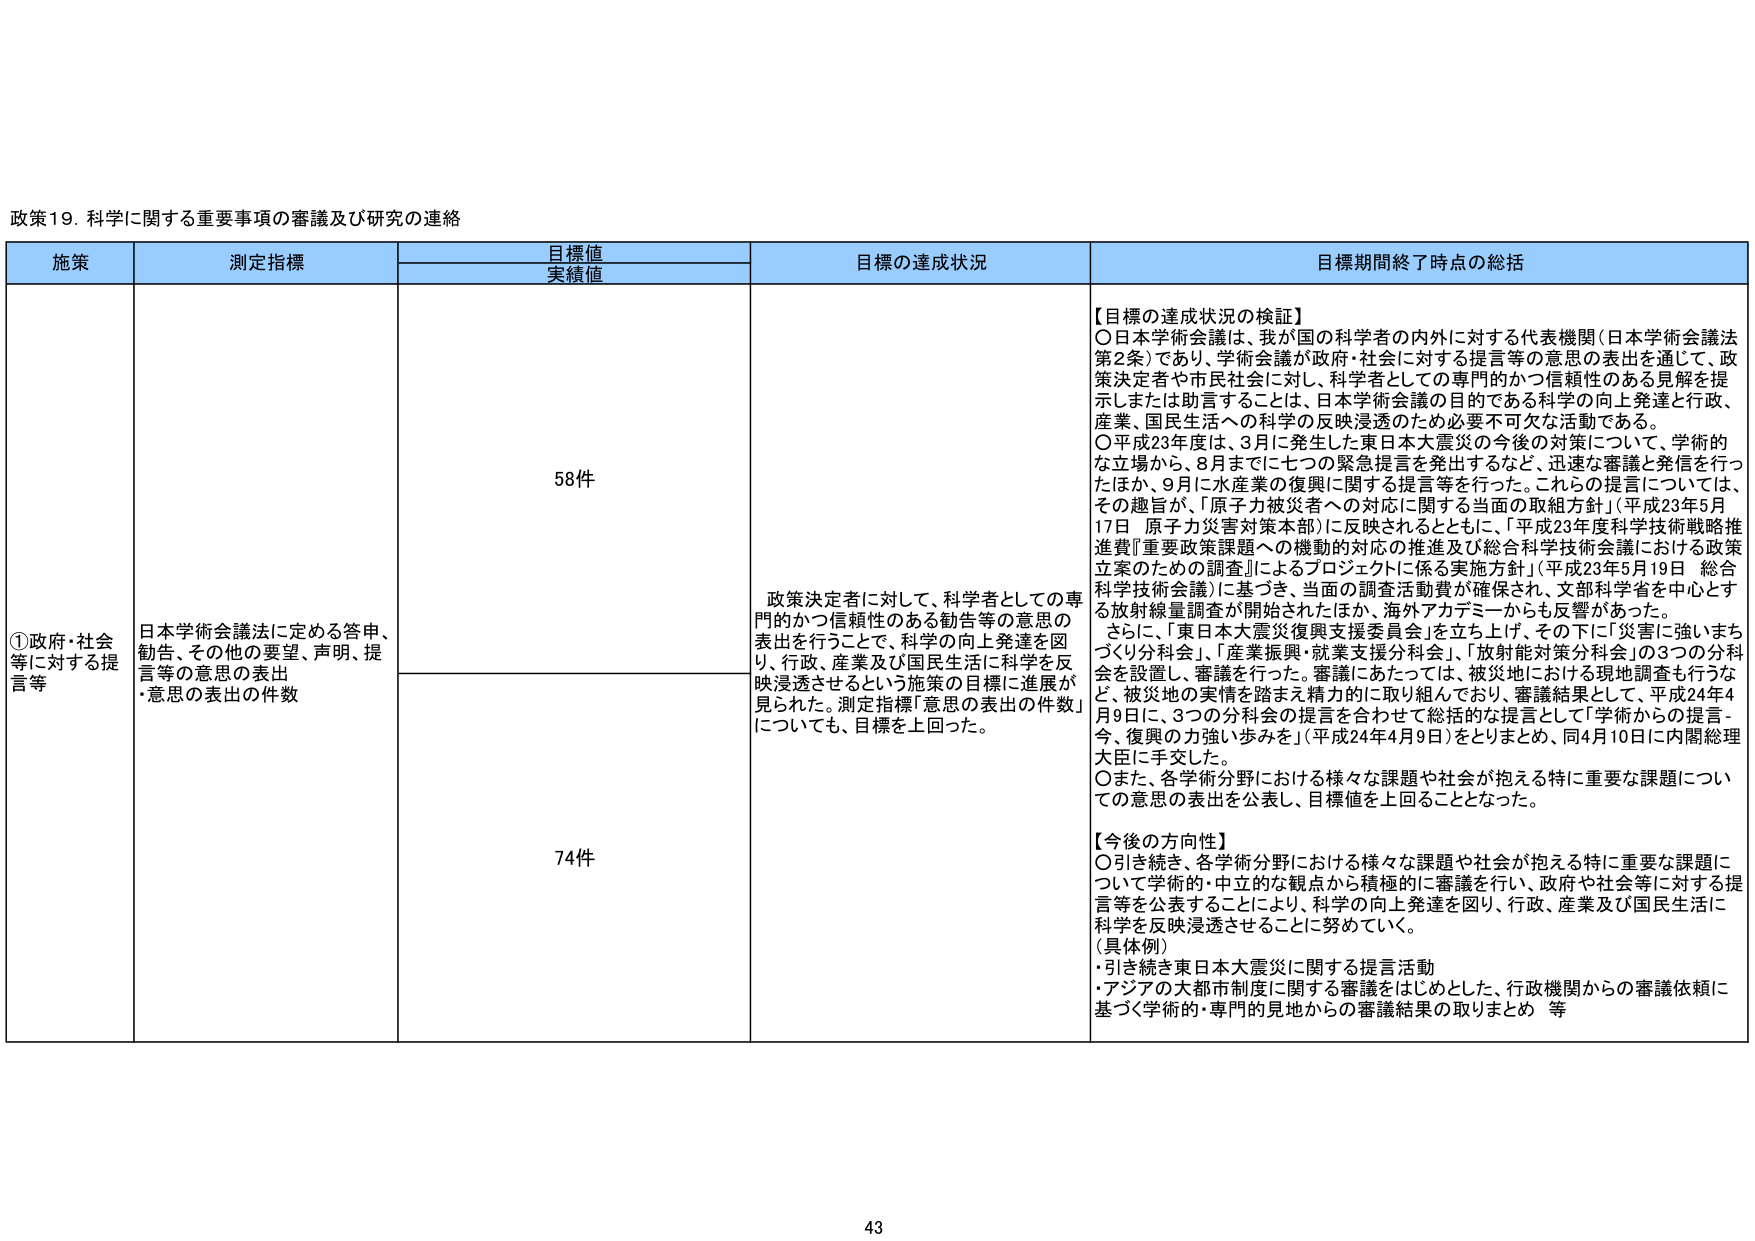
政策19. 科学に関する重要事項の審議及び研究の連絡

施策	測定指標	目標値
実績値	目標の達成状況	目標期間終了時点の総括

①政府・社会等に対する提言等	日本学術会議法に定める答申、勧告、その他の要望、声明、提言等の意思の表出
・意思の表出の件数	58件	政策決定者に対して、科学者としての専門的かつ信頼性のある勧告等の意思の表出を行うことで、科学の向上発達を図り、行政、産業及び国民生活に科学を反映浸透させるという施策の目標に進展が見られた。測定指標「意思の表出の件数」についても、目標を上回った。	【目標の達成状況の検証】
〇日本学術会議は、我が国の科学者の内外に対する代表機関（日本学術会議法第2条）であり、学術会議が政府・社会に対する提言等の意思の表出を通じて、政策決定者や市民社会に対して、科学者としての専門的かつ信頼性のある見解を提示しまたは助言することは、日本学術会議の目的である科学の向上発達と行政、産業、国民生活への科学の反映浸透のため必要不可欠な活動である。
〇平成23年度は、3月に発生した東日本大震災の今後の対策について、学術的な立場から、8月までに七つの緊急提言を発出するなど、迅速な審議と発信を行ったほか、9月に水産業の復興に関する提言等を行った。これらの提言については、その趣旨が、「原子力被災者への対応に関する当面の取組方針」（平成23年5月17日 原子力災害対策本部）に反映されるとともに、「平成23年度科学技術戦略推進費『重要政策課題への機動的対応の推進及び総合科学技術会議における政策立案のための調査』によるプロジェクトに係る実施方針」（平成23年5月19日 総合科学技術会議）に基づき、当面の調査活動費が確保され、文部科学省を中心とする放射線量調査が開始されたほか、海外アカデミーからも反響があった。
さらに、「東日本大震災復興支援委員会」を立ち上げ、その下に「災害に強いまちづくり分科会」、「産業振興・就業支援分科会」、「放射能対策分科会」の3つの分科会を設置し、審議を行った。審議にあたっては、被災地における現地調査も行うなど、被災地の実情を踏まえ精力的に取り組んでおり、審議結果として、平成24年4月9日に、3つの分科会の提言を合わせて総括的な提言として「学術からの提言 - 今、復興の力強い歩みを」（平成24年4月9日）をとりまとめ、同4月10日に内閣総理大臣に手交した。
〇また、各学術分野における様々な課題や社会が抱える特に重要な課題についての意思の表出を公表し、目標値を上回ることとなった。

【今後の方向性】
〇引き続き、各学術分野における様々な課題や社会が抱える特に重要な課題について、学術的・中立的な観点から積極的に審議を行い、政府や社会等に対する提言等を公表することにより、科学の向上発達を図り、行政、産業及び国民生活に科学を反映浸透させることに努めていく。
（具体例）
・引き続き東日本大震災に関する提言活動
・アジアの大都市制度に関する審議をはじめとした、行政機関からの審議依頼に基づく学術的・専門的見地からの審議結果の取りまとめ 等

74件

43